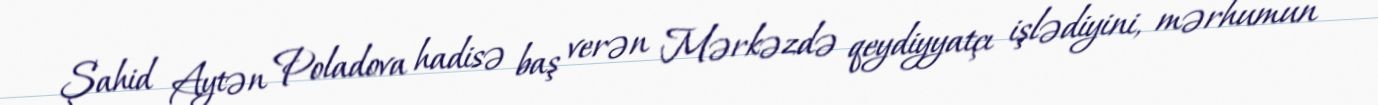
Şahid Aytən Poladova hadisə baş verən Mərkəzdə qeydiyyatçı işlədiyini, mərhumun